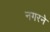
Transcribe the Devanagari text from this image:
नगरने